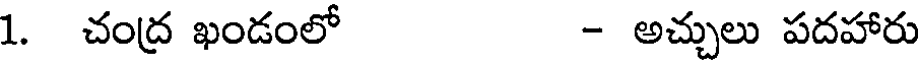
1. చంద్ర ఖండంలో - అచ్చులు పదహారు